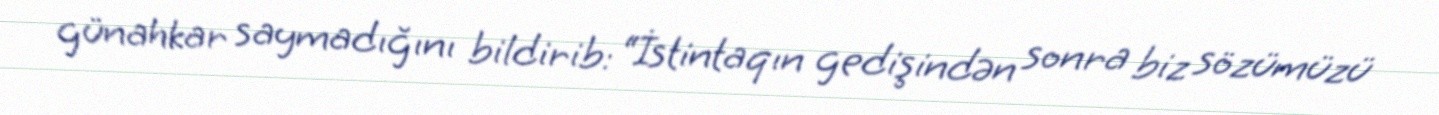
günahkar saymadığını bildirib: “İstintaqın gedişindən sonra biz sözümüzü